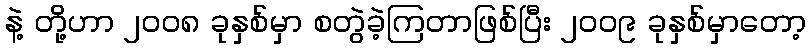
နဲ့ တို့ဟာ ၂၀၀၈ ခုနှစ်မှာ စတွဲခဲ့ကြတာဖြစ်ပြီး ၂၀၀၉ ခုနှစ်မှာတော့